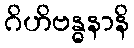
ဂိဟိဗန္ဓနာနိ